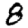
Digit: 8